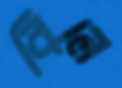
বিলে